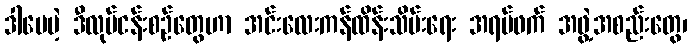
ဒါပေမဲ့ ဒီလုပ်ငန်းစဉ်တွေဟာ အင်းလေးကန်ထိန်းသိမ်းရေး အရပ်ဖက် အဖွဲ့အစည်းတွေ၊